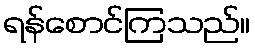
ရန်စောင်ကြသည်။